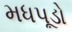
મધપૂડો